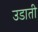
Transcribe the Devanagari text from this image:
उडाती